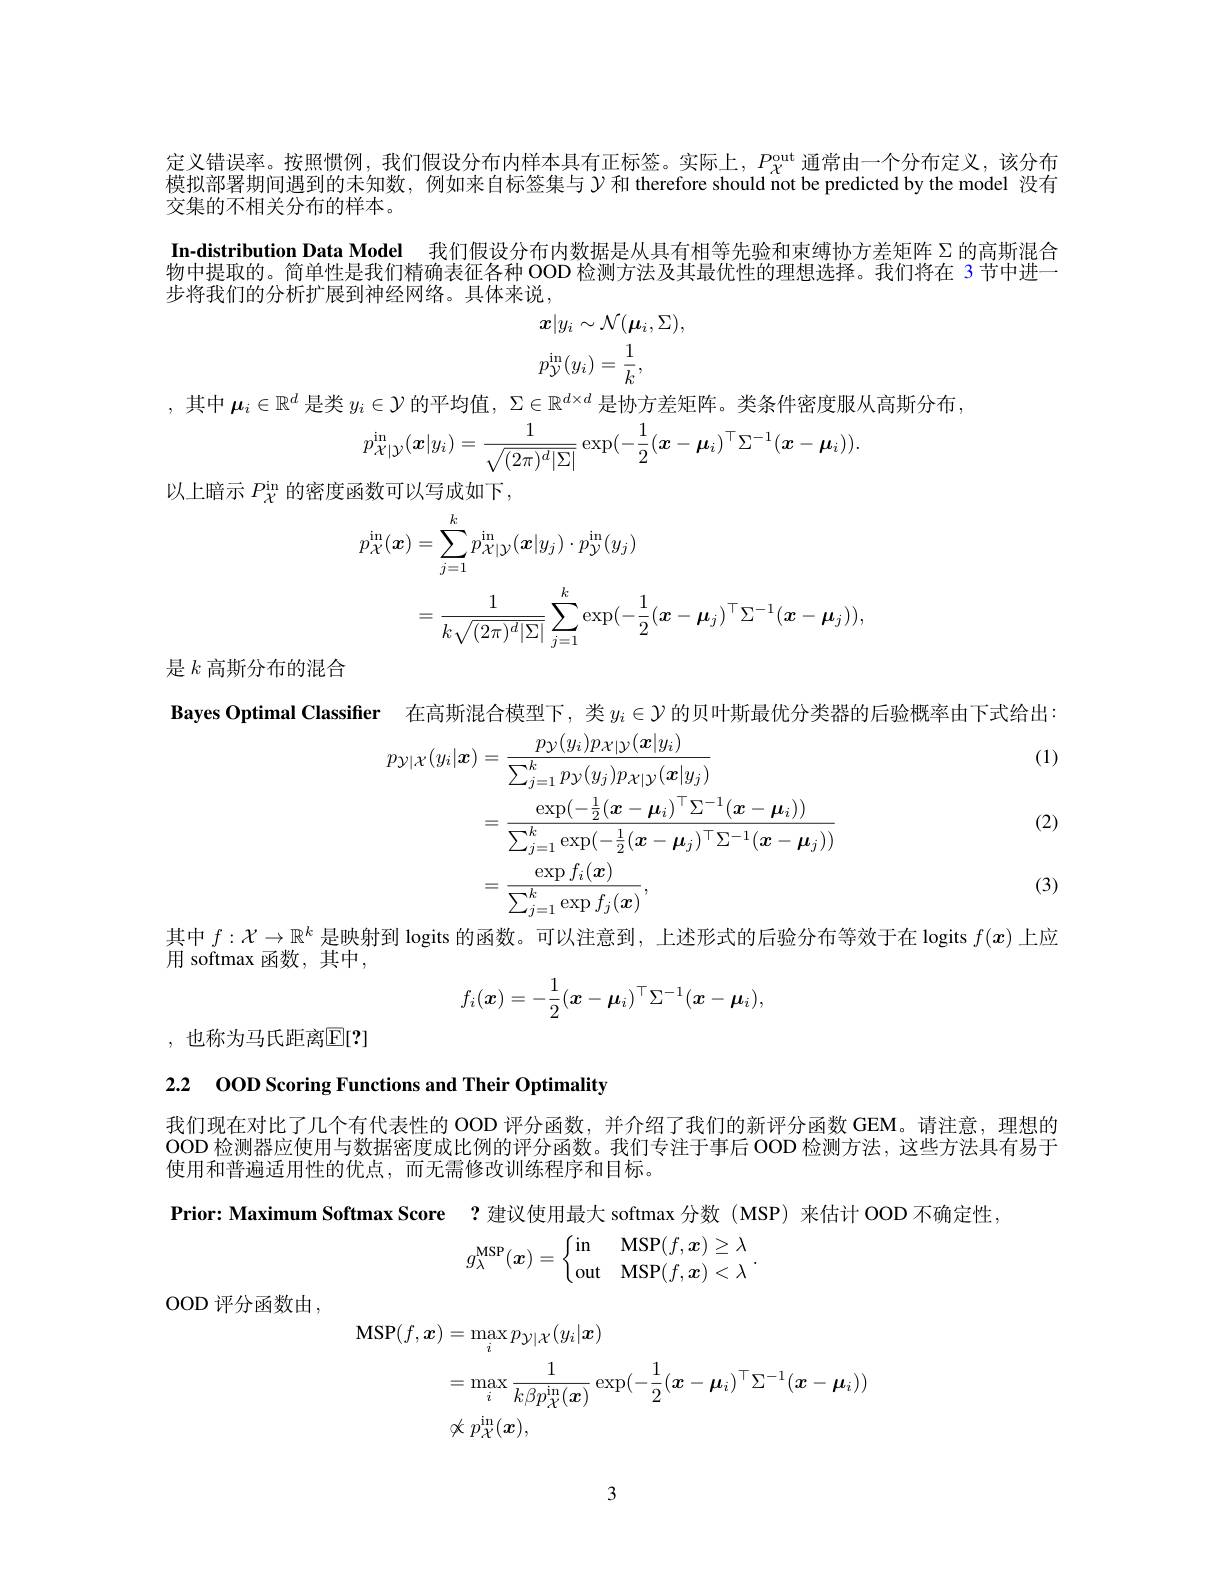
定义错误率。按照惯例，我们假设分布内样本具有正标签。实际上，$P_{\chi}^\mathrm{out}$通常由一个分布定义，该分布模拟部署期间遇到的未知数，例如来自标签集与$\mathcal{Y}$ 和 therefore should not be predicted by the model 没有交集的不相关分布的样本。
In-distribution Data Model 我们假设分布内数据是从具有相等先验和束缚协方差矩阵$\Sigma$的高斯混合物中提取的。简单性是我们精确表征各种 OOD 检测方法及其最优性的理想选择。我们将在 3 节中进一步将我们的分析扩展到神经网络。具体来说，
$$\begin{aligned}&x|y_{i}\sim\mathcal{N}(\boldsymbol{\mu}_{i},\Sigma),\\&p_{\mathcal{Y}}^{\mathrm{in}}(y_{i})=\frac{1}{k},\end{aligned}$$
,其中$\boldsymbol{\mu}_i\in\mathbb{R}^d$是类$y_i\in\mathcal{Y}$的平均值，$\Sigma\in\mathbb{R}^d\times d$是协方差矩阵。类条件密度服从高斯分布，
$$p_{\mathcal{X}|\mathcal{Y}}^{\mathrm{in}}(\boldsymbol{x}|y_i)=\frac{1}{\sqrt{(2\pi)^d|\Sigma|}}\exp(-\frac{1}{2}(\boldsymbol{x}-\boldsymbol{\mu}_i)^\top\Sigma^{-1}(\boldsymbol{x}-\boldsymbol{\mu}_i)).$$
以上暗示$P_{\mathcal{X}}^\mathrm{in}$的密度函数可以写成如下，
$$\begin{aligned}p_{\mathcal{X}}^{\mathrm{in}}(\boldsymbol{x})&=\sum_{j=1}^{k}p_{\mathcal{X}|\mathcal{Y}}^{\mathrm{in}}(\boldsymbol{x}|y_{j})\cdot p_{\mathcal{Y}}^{\mathrm{in}}(y_{j})\\&=\frac1{k\sqrt{(2\pi)^d|\Sigma|}}\sum_{j=1}^k\exp(-\frac12(\boldsymbol{x}-\boldsymbol{\mu}_j)^\top\Sigma^{-1}(\boldsymbol{x}-\boldsymbol{\mu}_j)),\end{aligned}$$
是$k$高斯分布的混合

(1)

Bayes Optimal Classifier 在高斯混合模型下，类$y_i\in\mathcal{Y}$的贝叶斯最优分类器的后验概率由下式给出：
$$\begin{aligned}p_{\mathcal{Y}|\mathcal{X}}(y_{i}|\boldsymbol{x})&=\frac{p_{\mathcal{Y}}(y_{i})p_{\mathcal{X}|\mathcal{Y}}(\boldsymbol{x}|y_{i})}{\sum_{j=1}^{k}p_{\mathcal{Y}}(y_{j})p_{\mathcal{X}|\mathcal{Y}}(\boldsymbol{x}|y_{j})}\\&=\frac{\exp(-\frac{1}{2}(\boldsymbol{x}-\boldsymbol{\mu}_{i})^{\top}\Sigma^{-1}(\boldsymbol{x}-\boldsymbol{\mu}_{i}))}{\sum_{j=1}^{k}\exp(-\frac{1}{2}(\boldsymbol{x}-\boldsymbol{\mu}_{j})^{\top}\Sigma^{-1}(\boldsymbol{x}-\boldsymbol{\mu}_{j}))}\\&=\frac{\exp f_{i}(\boldsymbol{x})}{\sum_{j=1}^{k}\exp f_{j}(\boldsymbol{x})},\end{aligned}$$
(2)

(3)

其中$f:\mathcal{X}\to\mathbb{R}^k$是映射到 logits 的函数。可以注意到，上述形式的后验分布等效于在 logits $f(x)$上应

用 softmax 函数，其中，
$$f_i(\boldsymbol{x})=-\frac{1}{2}(\boldsymbol{x}-\boldsymbol{\mu}_i)^\top\Sigma^{-1}(\boldsymbol{x}-\boldsymbol{\mu}_i),$$
,也称为马氏距离$\mathbb{E}[?]$

2.2 OOD Scoring Functions and Their Optimality

我们现在对比了几个有代表性的 OOD 评分函数，并介绍了我们的新评分函数 GEM。请注意，理想的OOD 检测器应使用与数据密度成比例的评分函数。我们专注于事后 OOD 检测方法，这些方法具有易于使用和普遍适用性的优点，而无需修改训练程序和目标。

Prior: Maximum Softmax Score ? 建议使用最大 softmax 分数 (MSP) 来估计 OOD 不确定性，
$$g_\lambda^{\mathrm{MSP}}(\boldsymbol{x})=\begin{cases}\mathrm{in}&\mathrm{MSP}(f,\boldsymbol{x})\geq\lambda\\\mathrm{out}&\mathrm{MSP}(f,\boldsymbol{x})<\lambda\end{cases}.$$
OOD 评分函数由，
$$\begin{aligned}\mathbf{MSP}(f,\boldsymbol{x})&=\max_{i}p_{\mathcal{Y}|\mathcal{X}}(y_{i}|\boldsymbol{x})\\&=\max_{i}\frac{1}{k\beta p_{\mathcal{X}}^{\mathrm{in}}(\boldsymbol{x})}\exp(-\frac{1}{2}(\boldsymbol{x}-\boldsymbol{\mu}_{i})^{\top}\Sigma^{-1}(\boldsymbol{x}-\boldsymbol{\mu}_{i}))\\&\not\propto p_{\mathcal{X}}^{\mathrm{in}}(\boldsymbol{x}),\end{aligned}$$
3